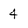
Character: 4